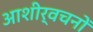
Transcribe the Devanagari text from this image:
आशीर्वचनों